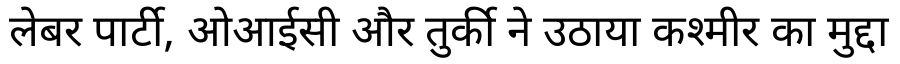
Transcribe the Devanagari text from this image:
लेबर पार्टी, ओआईसी और तुर्की ने उठाया कश्मीर का मुद्दा